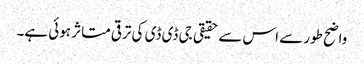
واضح طور سے اس سے حقیقی جی ڈی ڈی کی ترقی متاثر ہوئی ہے۔